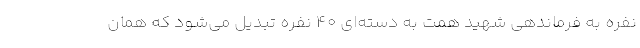
نفره به فرماندهی شهید همت به دسته‌ای ۴۰ نفره تبدیل می‌شود که همان